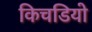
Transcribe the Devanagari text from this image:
किचडियो